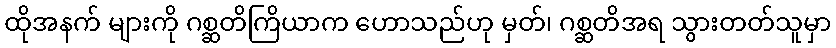
ထိုအနက် များကို ဂစ္ဆတိကြိယာက ဟောသည်ဟု မှတ်၊ ဂစ္ဆတိအရ သွားတတ်သူမှာ